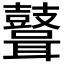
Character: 𪔪